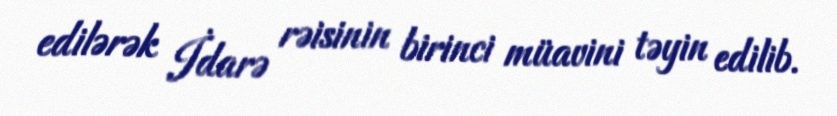
edilərək İdarə rəisinin birinci müavini təyin edilib.